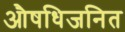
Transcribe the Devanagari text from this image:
औषधिजनित